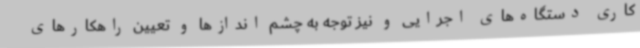
کاری دستگاه‌های اجرایی و نیز توجه به چشم اندازها و تعیین راهکارهای